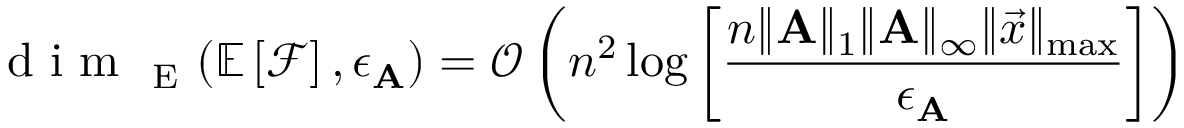
\mathrm { ~ d ~ i ~ m ~ } _ { \mathrm { ~ E ~ } } ( \mathbb { E } \left[ \mathcal { F } \right] , \epsilon _ { \mathbf { A } } ) = \mathcal { O } \left( n ^ { 2 } \log \left[ \frac { n \| \mathbf { A } \| _ { 1 } \| \mathbf { A } \| _ { \infty } \| \vec { x } \| _ { \operatorname* { m a x } } } { \epsilon _ { \mathbf { A } } } \right] \right)